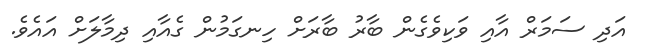
އަދި ސަމަރް އާއި ވަކިވެގެން ބާރު ބާރަށް ހިނގަމުން ގެއާއި ދިމާލަށް އައެވެ.